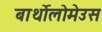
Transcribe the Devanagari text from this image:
बार्थोलोमेउस